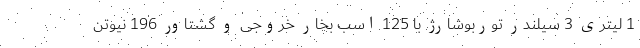
1 لیتری 3 سیلندر توربوشارژ با 125 اسب بخار خروجی و گشتاور 196 نیوتن